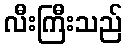
လီးကြီးသည်